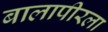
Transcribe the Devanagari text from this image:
बालापीरला